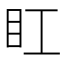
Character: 𥃽